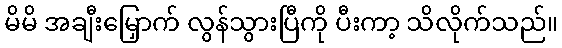
မိမိ အချီးမြှောက် လွန်သွားပြီကို ပီးကာ့ သိလိုက်သည်။